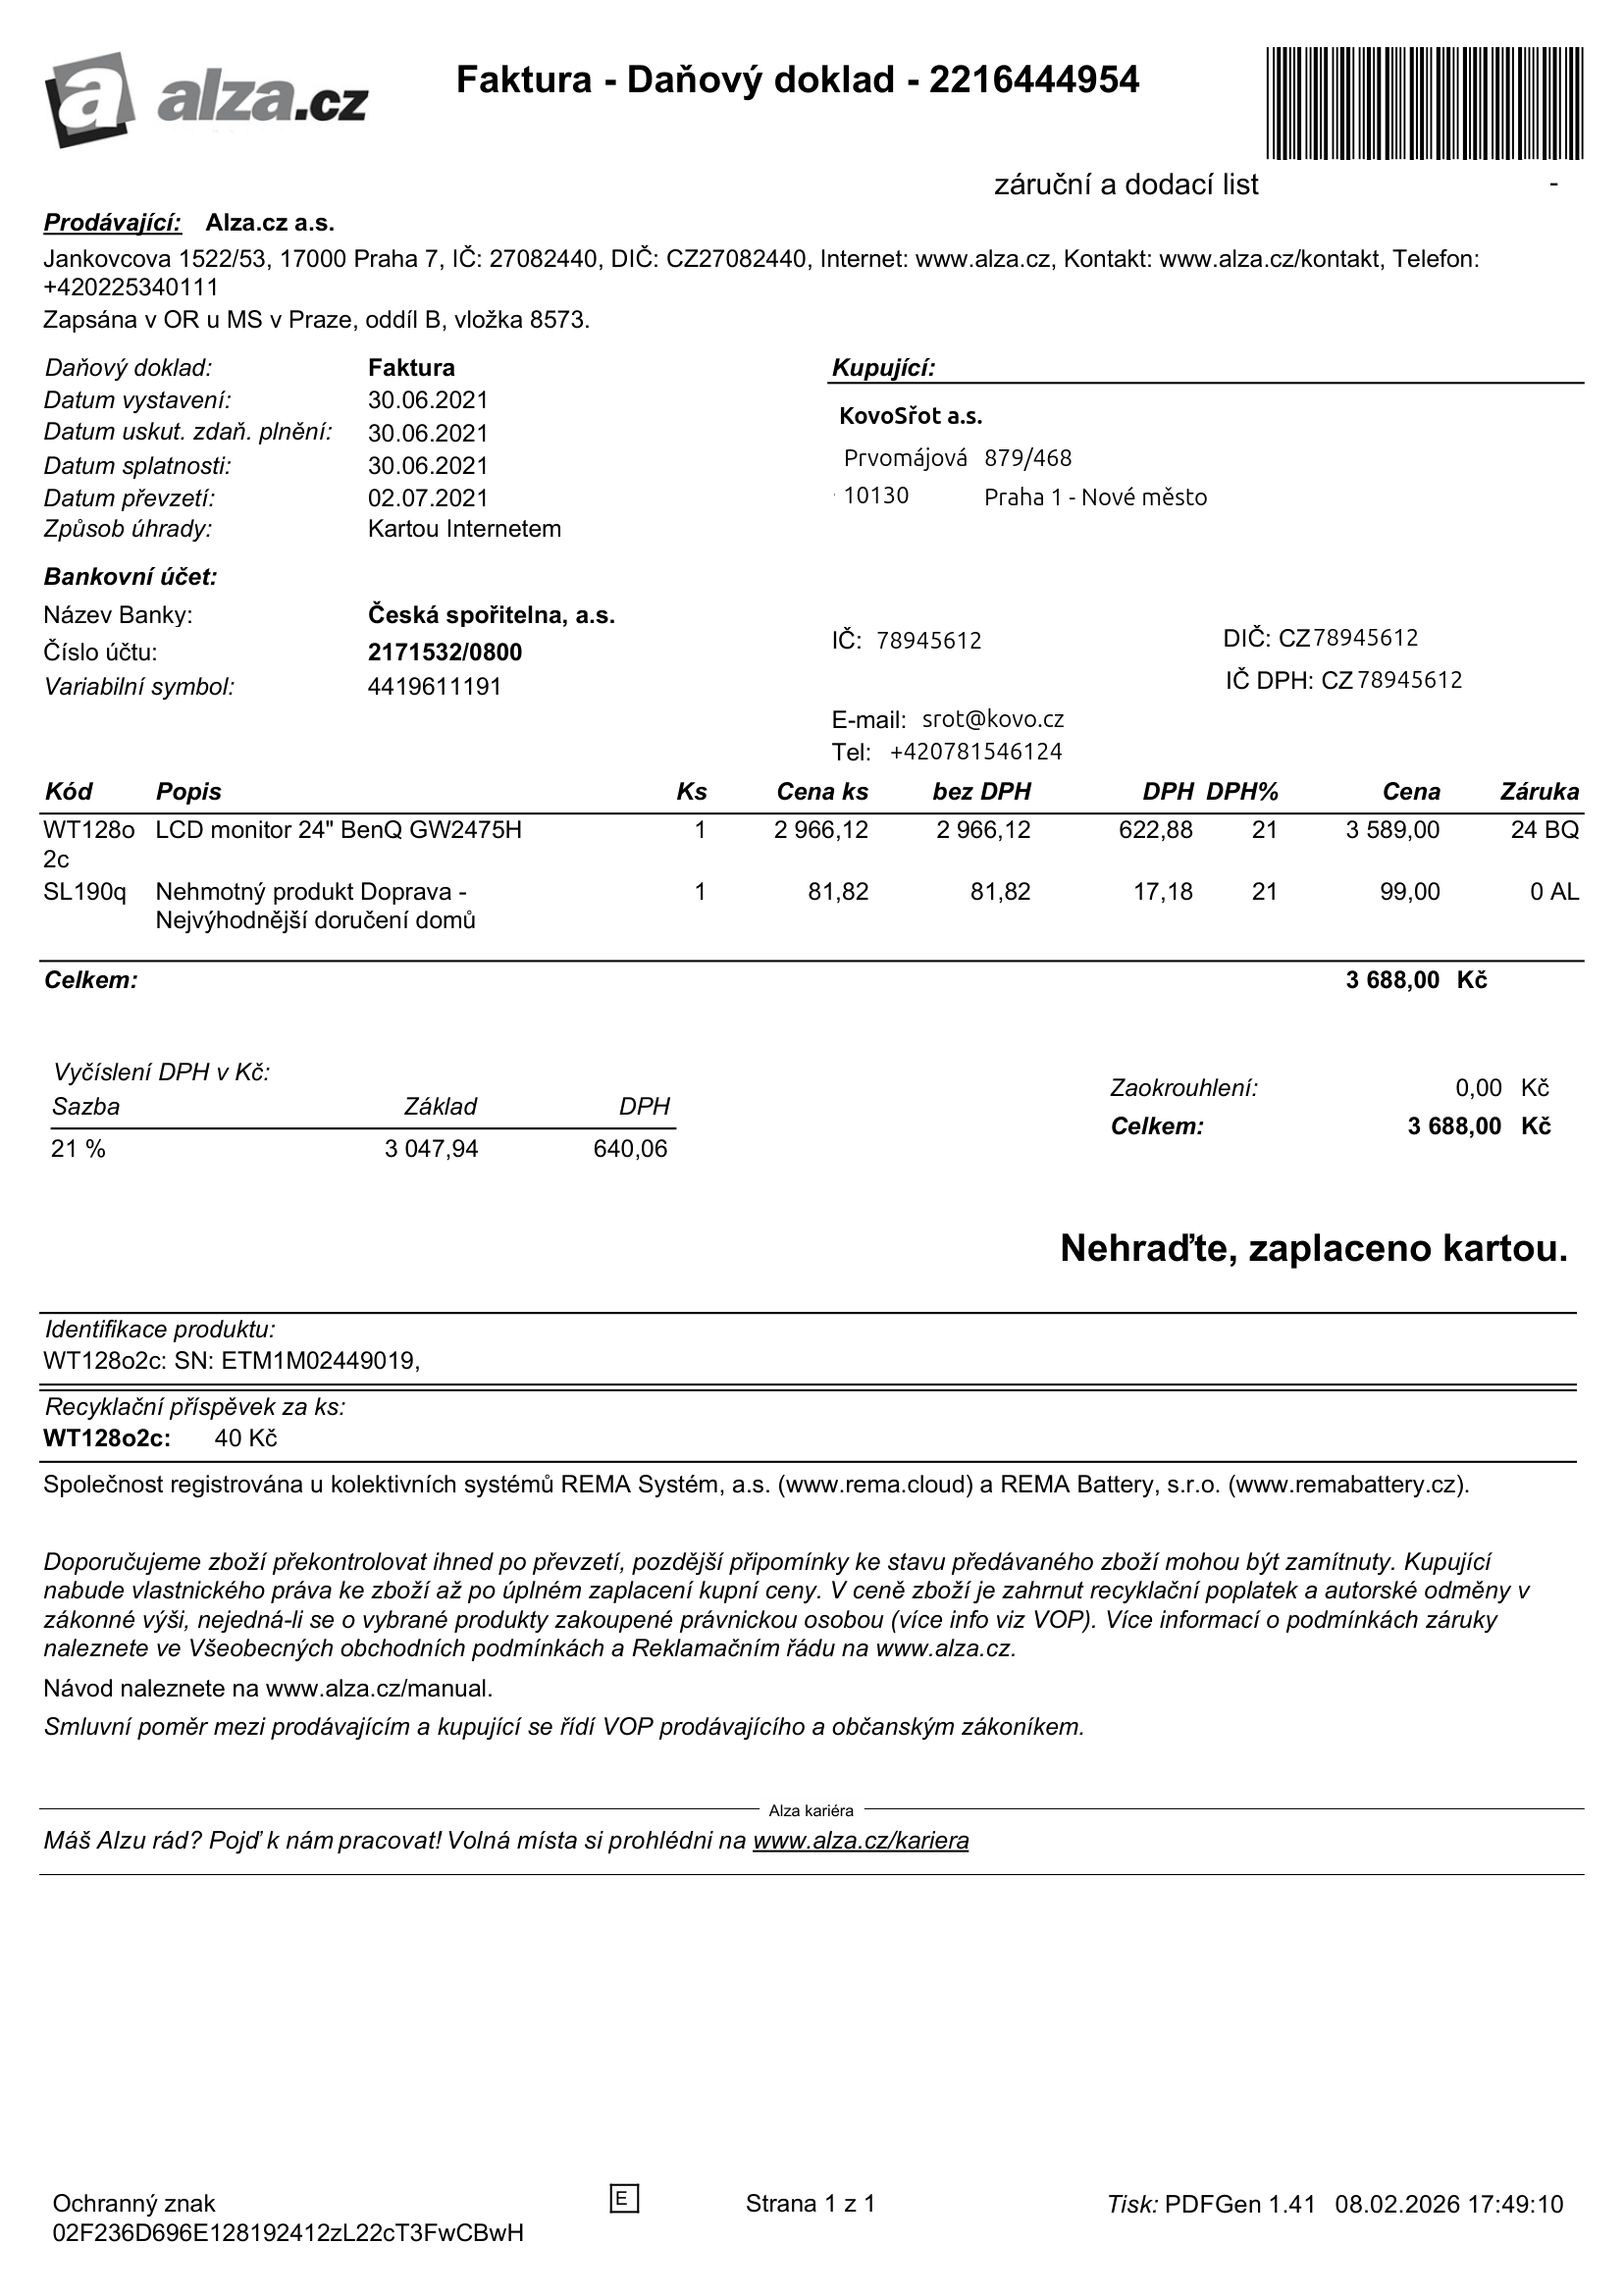
invoice_number: 2216444954
supp_register_id: 27082440
supp_tax_id: CZ27082440
cust_register_id: 78945612
cust_tax_id: CZ78945612
issue_date: 30.06.2021
taxable_supply_date: 30.06.2021
due_date: 30.06.2021
payment_type: Kartou Internetem
bank_account_number: 2171532/0800
variable_symbol: 4419611191
total: 3688,00